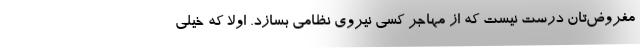
مفروض‌تان درست نیست که از مهاجر کسی نیروی نظامی بسازد. اولاً که خیلی